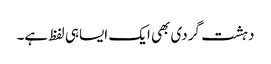
دہشت گردی بھی ایک ایساہی لفظ ہے۔